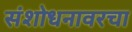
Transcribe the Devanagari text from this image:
संशोधनावरचा